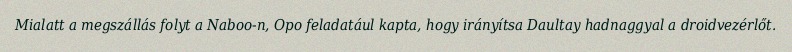
Mialatt a megszállás folyt a Naboo-n, Opo feladatául kapta, hogy irányítsa Daultay hadnaggyal a droidvezérlőt.